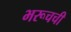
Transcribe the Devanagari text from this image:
भरूचची